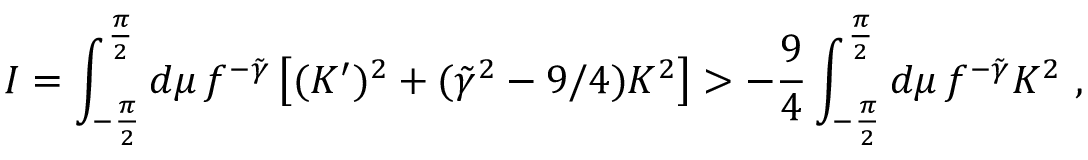
I = \int _ { - { \frac { \pi } { 2 } } } ^ { \frac { \pi } { 2 } } d \mu \, f ^ { - \tilde { \gamma } } \left[ ( K ^ { \prime } ) ^ { 2 } + ( \tilde { \gamma } ^ { 2 } - 9 / 4 ) K ^ { 2 } \right] > { - { \frac { 9 } { 4 } } } \int _ { - { \frac { \pi } { 2 } } } ^ { \frac { \pi } { 2 } } d \mu \, f ^ { - \tilde { \gamma } } K ^ { 2 } \ ,